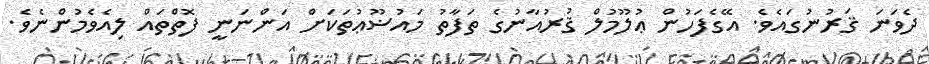
ދެވަނަ ޤަރުނުގައެވެ. އޭގެފަހުން ޢުލޫމުލް ޤުރުއާނުގެ ތަފާތު މައުޟޫޢުތަކަށް އަންނަނީ ފޮތްތައް ލިއެވެމުންނެވެ.